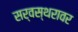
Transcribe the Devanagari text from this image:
सर्वस्थरावर